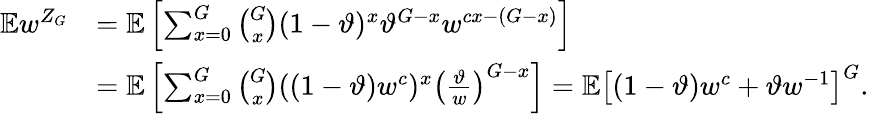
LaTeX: \begin{array}{rl}{\mathbb{E}w^{Z_{G}}}&{=\mathbb{E}\left[\sum_{x=0}^{G}{\binom{G}{x}}(1-\vartheta)^{x}\vartheta^{G-x}w^{cx-(G-x)}\right]}\\ &{=\mathbb{E}\left[\sum_{x=0}^{G}{\binom{G}{x}}((1-\vartheta)w^{c})^{x}\left(\frac{\vartheta}{w}\right)^{G-x}\right]=\mathbb{E}\left[(1-\vartheta)w^{c}+\vartheta w^{-1}\right]^{G}.}\end{array}